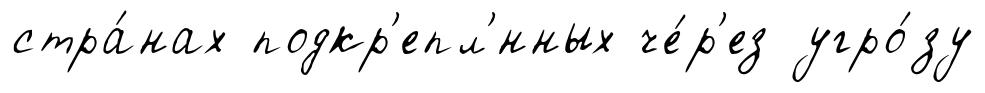
стра́нах подкр'епл'́нных че́р'ез угро́зу